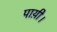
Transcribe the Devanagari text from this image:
पाय़ी।